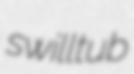
swilltub